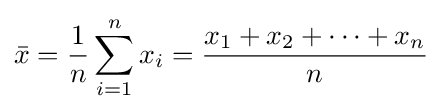
{\bar {x}}={\frac {1}{n}}\sum _{i=1}^{n}{x_{i}}={\frac {x_{1}+x_{2}+\cdots +x_{n}}{n}}